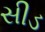
સીડ